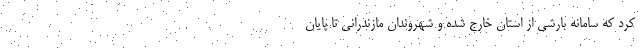
کرد که سامانه بارشی از استان خارج شده و شهروندان مازندرانی تا پایان